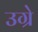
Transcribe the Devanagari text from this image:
उग्रे